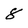
Character: 8